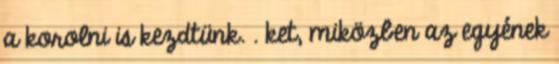
a korolni is kezdtünk. . ket, miközben az egyének